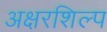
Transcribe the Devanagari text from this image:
अक्षरशिल्प